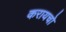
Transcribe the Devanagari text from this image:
करायचो